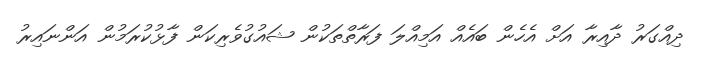
ދިއްގަރު ދާއިރާ އަށް އެހެން ބައެއް އަމިއްލަ ފަރާތްތަކުން ޝައުގުވެރިކަން ފާޅުކުރަމުން އަންނައިރު